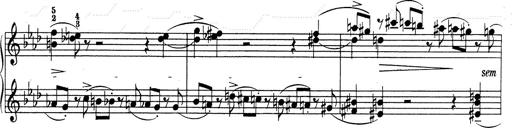
Title: Weinen, Klagen, Sorgen, Zagen
Composer: Franz Liszt